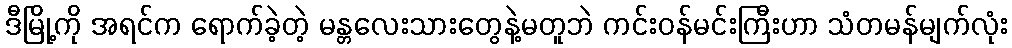
ဒီမြို့ကို အရင်က ရောက်ခဲ့တဲ့ မန္တလေးသားတွေနဲ့မတူဘဲ ကင်းဝန်မင်းကြီးဟာ သံတမန်မျက်လုံး